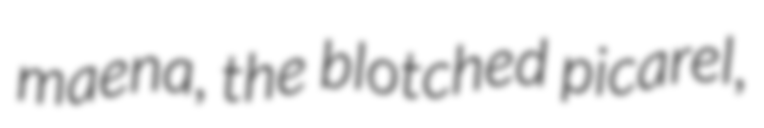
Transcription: maena, the blotched picarel,